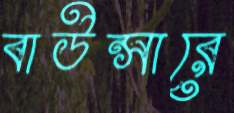
বাউন্সারে